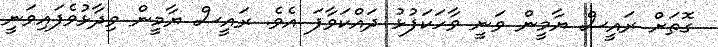
ގޮތަށް ރައީސް ޔާމީން ވަނީ ވާހަކަފުޅު ދައްކަވާފަ އެވެ. ރައީސް ޔާމީން ވިދާޅުވެފައިވަނީ